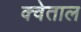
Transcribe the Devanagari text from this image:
क्वेताल